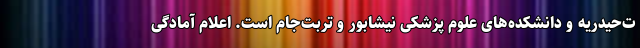
ت‌حیدریه و دانشکده‌های علوم پزشکی نیشابور و تربت‌جام است. اعلام آمادگی